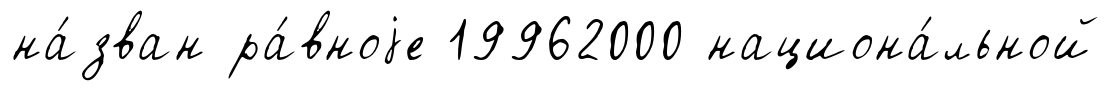
на́зван ра́вноjе 19962000 национа́льной